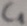
Text: C1